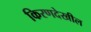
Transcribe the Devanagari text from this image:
किरणदेखील